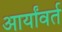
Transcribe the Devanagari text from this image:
आर्यांवर्त